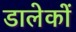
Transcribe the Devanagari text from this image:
डालेकों